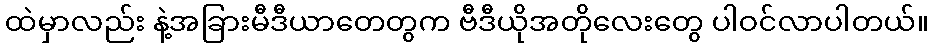
ထဲမှာလည်း နဲ့အခြားမီဒီယာတေတွက ဗီဒီယိုအတိုလေးတွေ ပါဝင်လာပါတယ်။